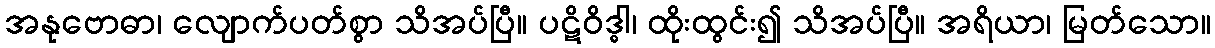
အနုဗောဓာ၊ လျောက်ပတ်စွာ သိအပ်ပြီ။ ပဋိဝိဒ္ဓါ၊ ထိုးထွင်း၍ သိအပ်ပြီ။ အရိယာ၊ မြတ်သော။